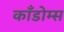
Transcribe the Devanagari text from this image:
काँडोम्स